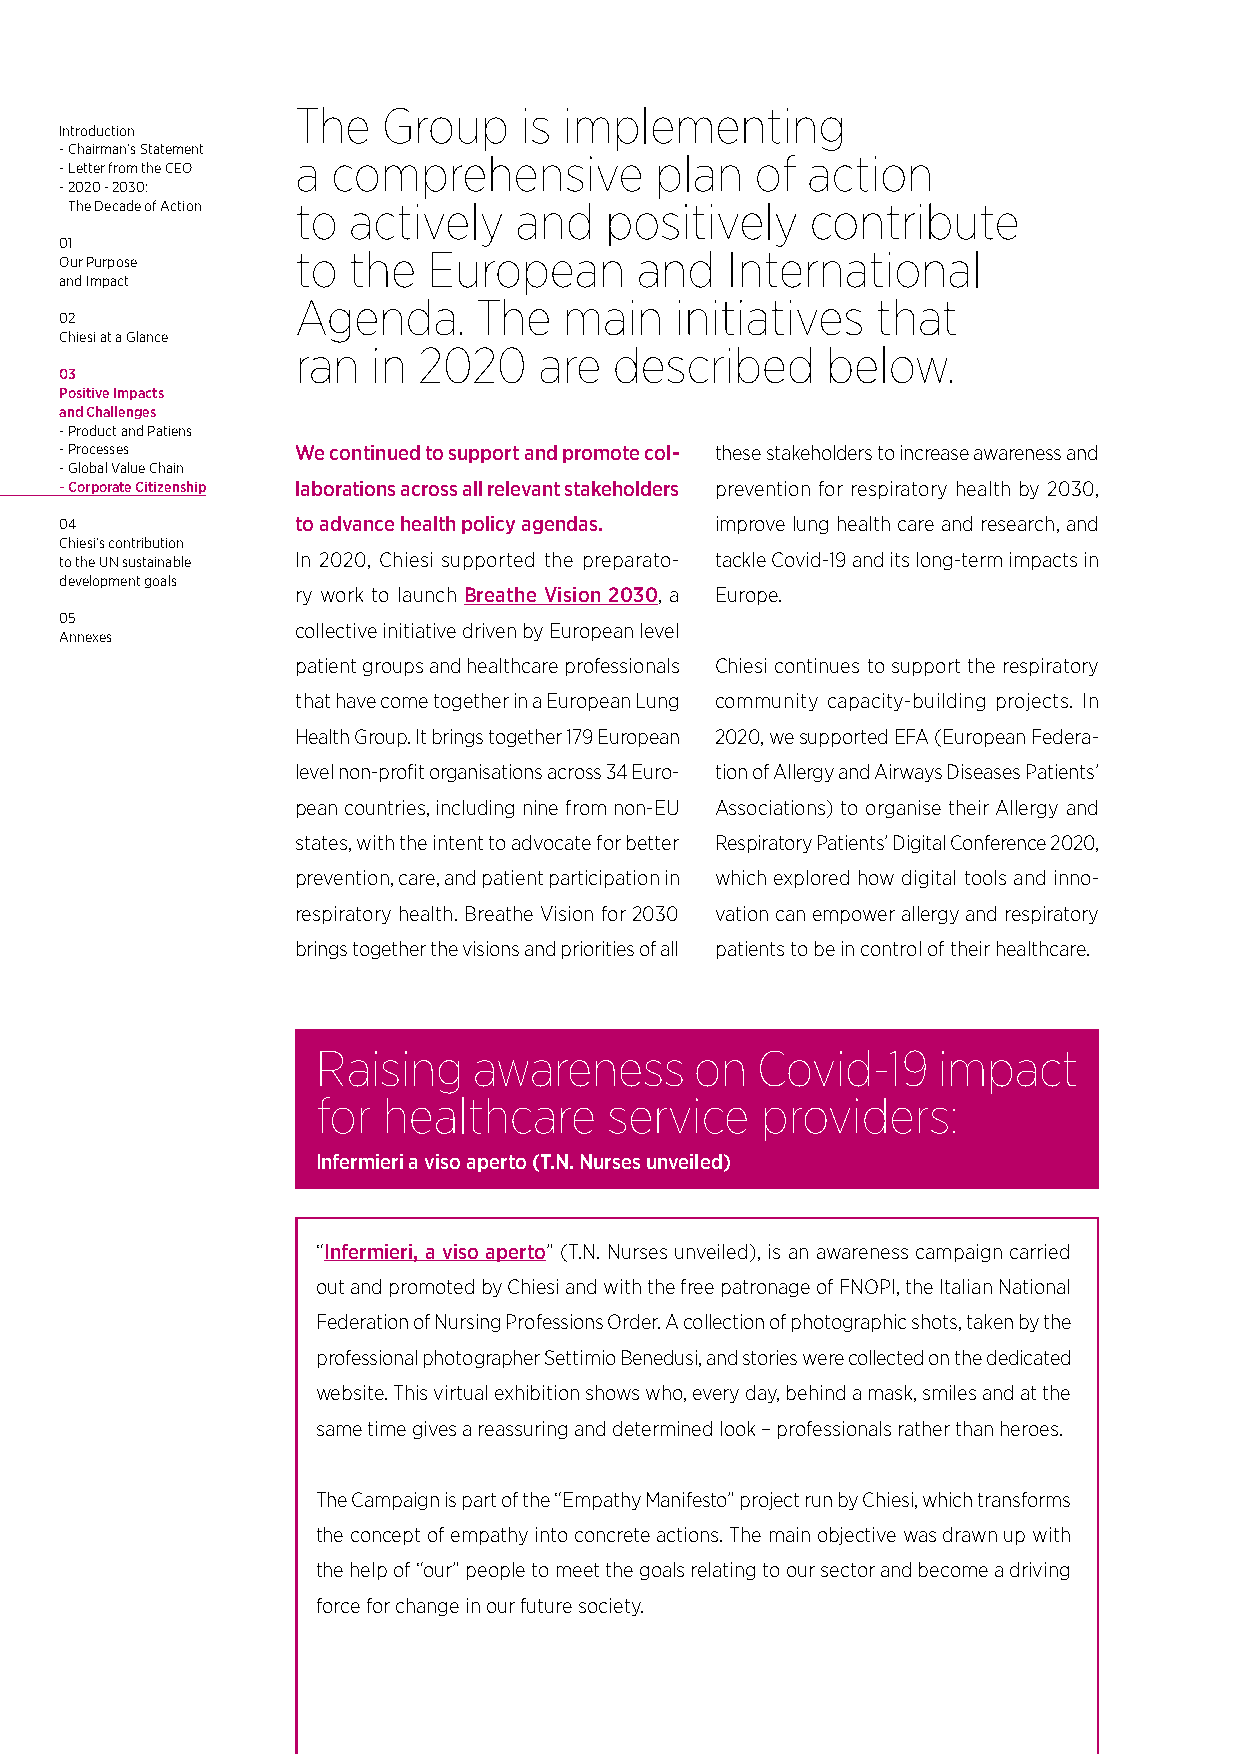
The  Group    is implementing
 Introduction
 - Chairman’s Statement
 a comprehensive        plan   of action
 - Letter from the CEO
 - 2020 - 2030:
 The Decade of Action to actively and positively  contribute
 01
 to the  European      and   International
 Our Purpose
 and Impact
 Agenda.     The  main    initiatives  that
 02
 Chiesi at a Glance
 ran  in 2020    are  described     below.
 03
 Positive Impacts
 and Challenges
 - Product and Patiens
 - Processes     We continued to support and promote col- these stakeholders to increase awareness and
 - Global Value Chain
 - Corporate Citizenship laborations across all relevant stakeholders prevention for respiratory health by 2030,
 04              to advance health policy agendas. improve lung health care and research, and
 Chiesi’s contribution
 to the UN sustainable In 2020, Chiesi supported the preparato- tackle Covid-19 and its long-term impacts in
 development goals
 ry work to launch Breathe Vision 2030, a Europe.
 05
 collective initiative driven by European level
 Annexes
 patient groups and healthcare professionals Chiesi continues to support the respiratory
 that have come together in a European Lung community capacity-building projects. In
 Health Group. It brings together 179 European 2020, we supported EFA (European Federa-
 level non-profit organisations across 34 Euro- tion of Allergy and Airways Diseases Patients’
 pean countries, including nine from non-EU Associations) to organise their Allergy and
 states, with the intent to advocate for better Respiratory Patients’ Digital Conference 2020,
 prevention, care, and patient participation in which explored how digital tools and inno-
 respiratory health. Breathe Vision for 2030 vation can empower allergy and respiratory
 brings together the visions and priorities of all patients to be in control of their healthcare.
 Raising   awareness      on  Covid-19    impact
 for healthcare     service   providers:
 Infermieri a viso aperto (T.N. Nurses unveiled)
 “Infermieri, a viso aperto” (T.N. Nurses unveiled), is an awareness campaign carried
 out and promoted by Chiesi and with the free patronage of FNOPI, the Italian National
 Federation of Nursing Professions Order. A collection of photographic shots, taken by the
 professional photographer Settimio Benedusi, and stories were collected on the dedicated
 website. This virtual exhibition shows who, every day, behind a mask, smiles and at the
 same time gives a reassuring and determined look – professionals rather than heroes.
 The Campaign is part of the “Empathy Manifesto” project run by Chiesi, which transforms
 the concept of empathy into concrete actions. The main objective was drawn up with
 the help of “our” people to meet the goals relating to our sector and become a driving
 force for change in our future society.